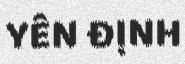
YÊN ĐỊNH